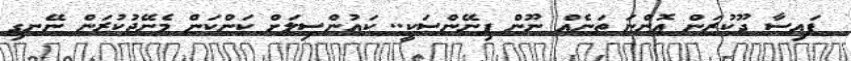
ފައިސާ ދޫކުރަން އޮންނަ ތަނެއް ނޫން ފިނޭންސަކީ.. ކައުންސިލަށް ކަންކަން މެނޭޖުކުރަން ނޭނގި